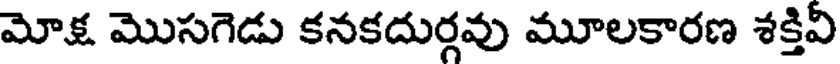
మోక్ష మొసగెడు కనకదుర్గవు మూలకారణ శక్తివి